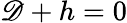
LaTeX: \mathscr{D}+h=0